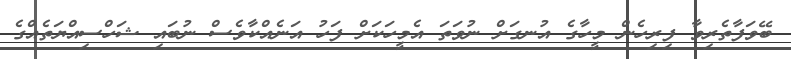
ބޭވަފާތެރިވާ ފިރިހެން މީހާގެ އުނގަށް ނުވަތަ އެމީހަކަށް ފަހު އަނެއްކާވެސް ނުބައި ޝަހްސިއްޔަތެއްގެ